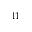
^ { 1 1 }